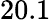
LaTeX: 20.1